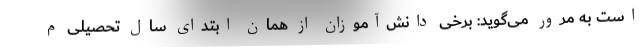
است به مرور می‌گوید: برخی دانش‌آموزان از همان ابتدای سال تحصیلی م